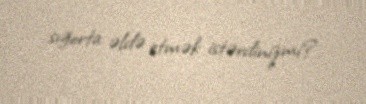
sığorta əldə etmək istərdinizmi?.